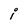
Character: i